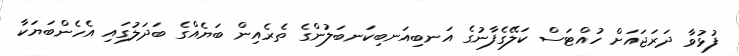
ފުޅުވާ ދަރަޖައަށް ހުއްޓަސް ކަލޭގެފާނުގެ އަނބިއަނބިކަނބަލުންގެ ތެރެއިން ބަޔެއްގެ ބަދަލުގައި އެހެންބަޔަކާ